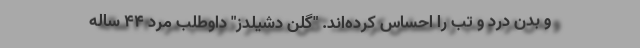
و بدن درد و تب را احساس کرده‌اند. "گلن دشیلدز" داوطلب مرد ۴۴ ساله